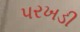
પરખડી